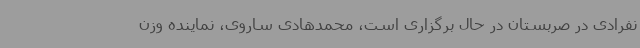
نفرادی در صربستان در حال برگزاری است، محمدهادی ساروی، نماینده وزن